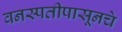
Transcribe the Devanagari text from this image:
वनस्पतीपासूनचे